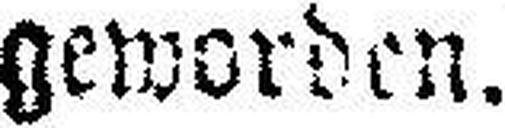
geworden.